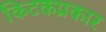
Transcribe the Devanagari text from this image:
किटकप्रकार